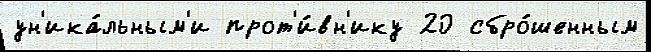
ун'ика́льным'и прот'и́вн'ику 20 сбро́шенным